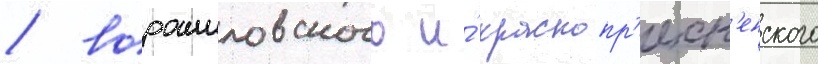
/ ворошиловского и́ краснопр'есн'енского